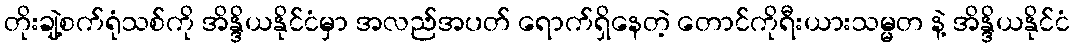
တိုးချဲ့စက်ရုံသစ်ကို အိန္ဒိယနိုင်ငံမှာ အလည်အပတ် ရောက်ရှိနေတဲ့ တောင်ကိုရီးယားသမ္မတ နဲ့ အိန္ဒိယနိုင်ငံ